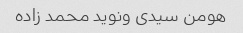
هومن سیدی ونوید محمد زاده